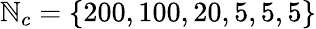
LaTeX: \mathbb{N}_{c}=\{ 200,100,20,5,5,5\}